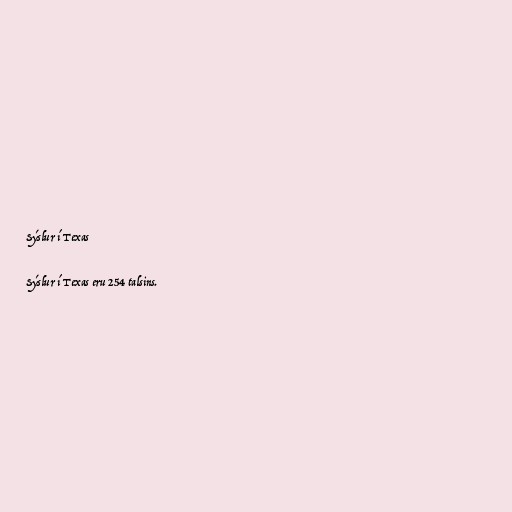
Sýslur í Texas

Sýslur í Texas eru 254 talsins.